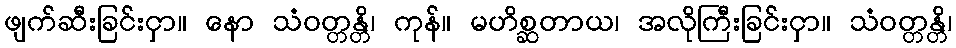
ဖျက်ဆီးခြင်းငှာ။ နော သံဝတ္တန္တိ၊ ကုန်။ မဟိစ္ဆတာယ၊ အလိုကြီးခြင်းငှာ။ သံဝတ္တန္တိ၊